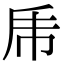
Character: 乕